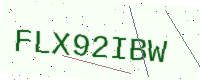
Text: FLX92IBW